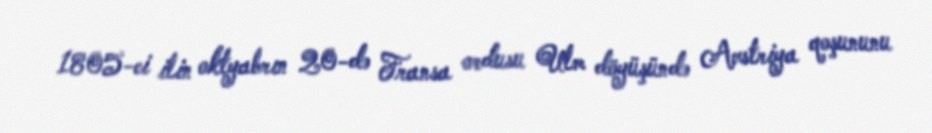
1805-ci ilin oktyabrın 20-də Fransa ordusu Ulm döyüşündə Avstriya qoşununu